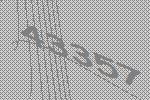
43357